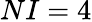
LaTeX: NI=4